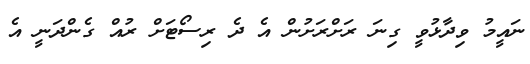
ނައީމު ވިދާޅުވީ ގިނަ ރަށްރަށުން އެ ދެ ރިސޯޓަށް ރުއް ގެންދަނީ އެ